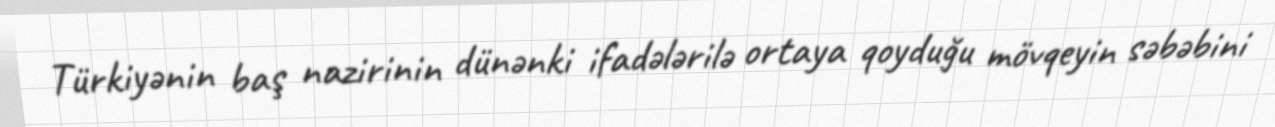
Türkiyənin baş nazirinin dünənki ifadələrilə ortaya qoyduğu mövqeyin səbəbini